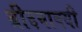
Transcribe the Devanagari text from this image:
ब्रीदवाक्यी